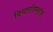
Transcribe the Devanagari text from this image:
विचारविमर्शास